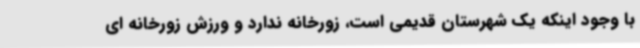
با وجود اینکه یک شهرستان قدیمی است، زورخانه ندارد و ورزش زورخانه ای